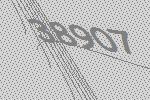
38907